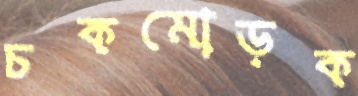
চকমোড়ক